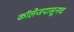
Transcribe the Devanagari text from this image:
कॉलेजपासूनच